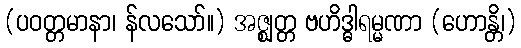
(ပဝတ္တမာနာ၊ န်လသော်။) အဇ္ဈတ္တ ဗဟိဒ္ဓါရမ္မဏာ (ဟောန္တိ၊)